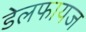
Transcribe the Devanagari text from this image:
डेलफायज